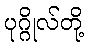
ပုဂ္ဂိုလ်တို့